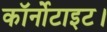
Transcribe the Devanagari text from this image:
कॉर्नोटाइट।